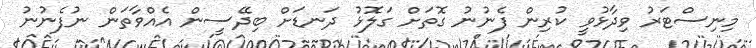
މިނިސްޓަރު ވިދާޅުވީ ކުރިން ފެނުނު ގޮތަށް ގަލޮޅު ދަނޑަށް ބިދޭސީން އެއްވާތަން ނުފެނުނު